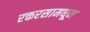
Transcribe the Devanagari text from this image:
रक्तरसामधून